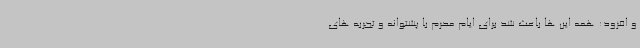
و افزود: همه این ها باعث شد برای ایام محرم با پشتوانه و تجربه های